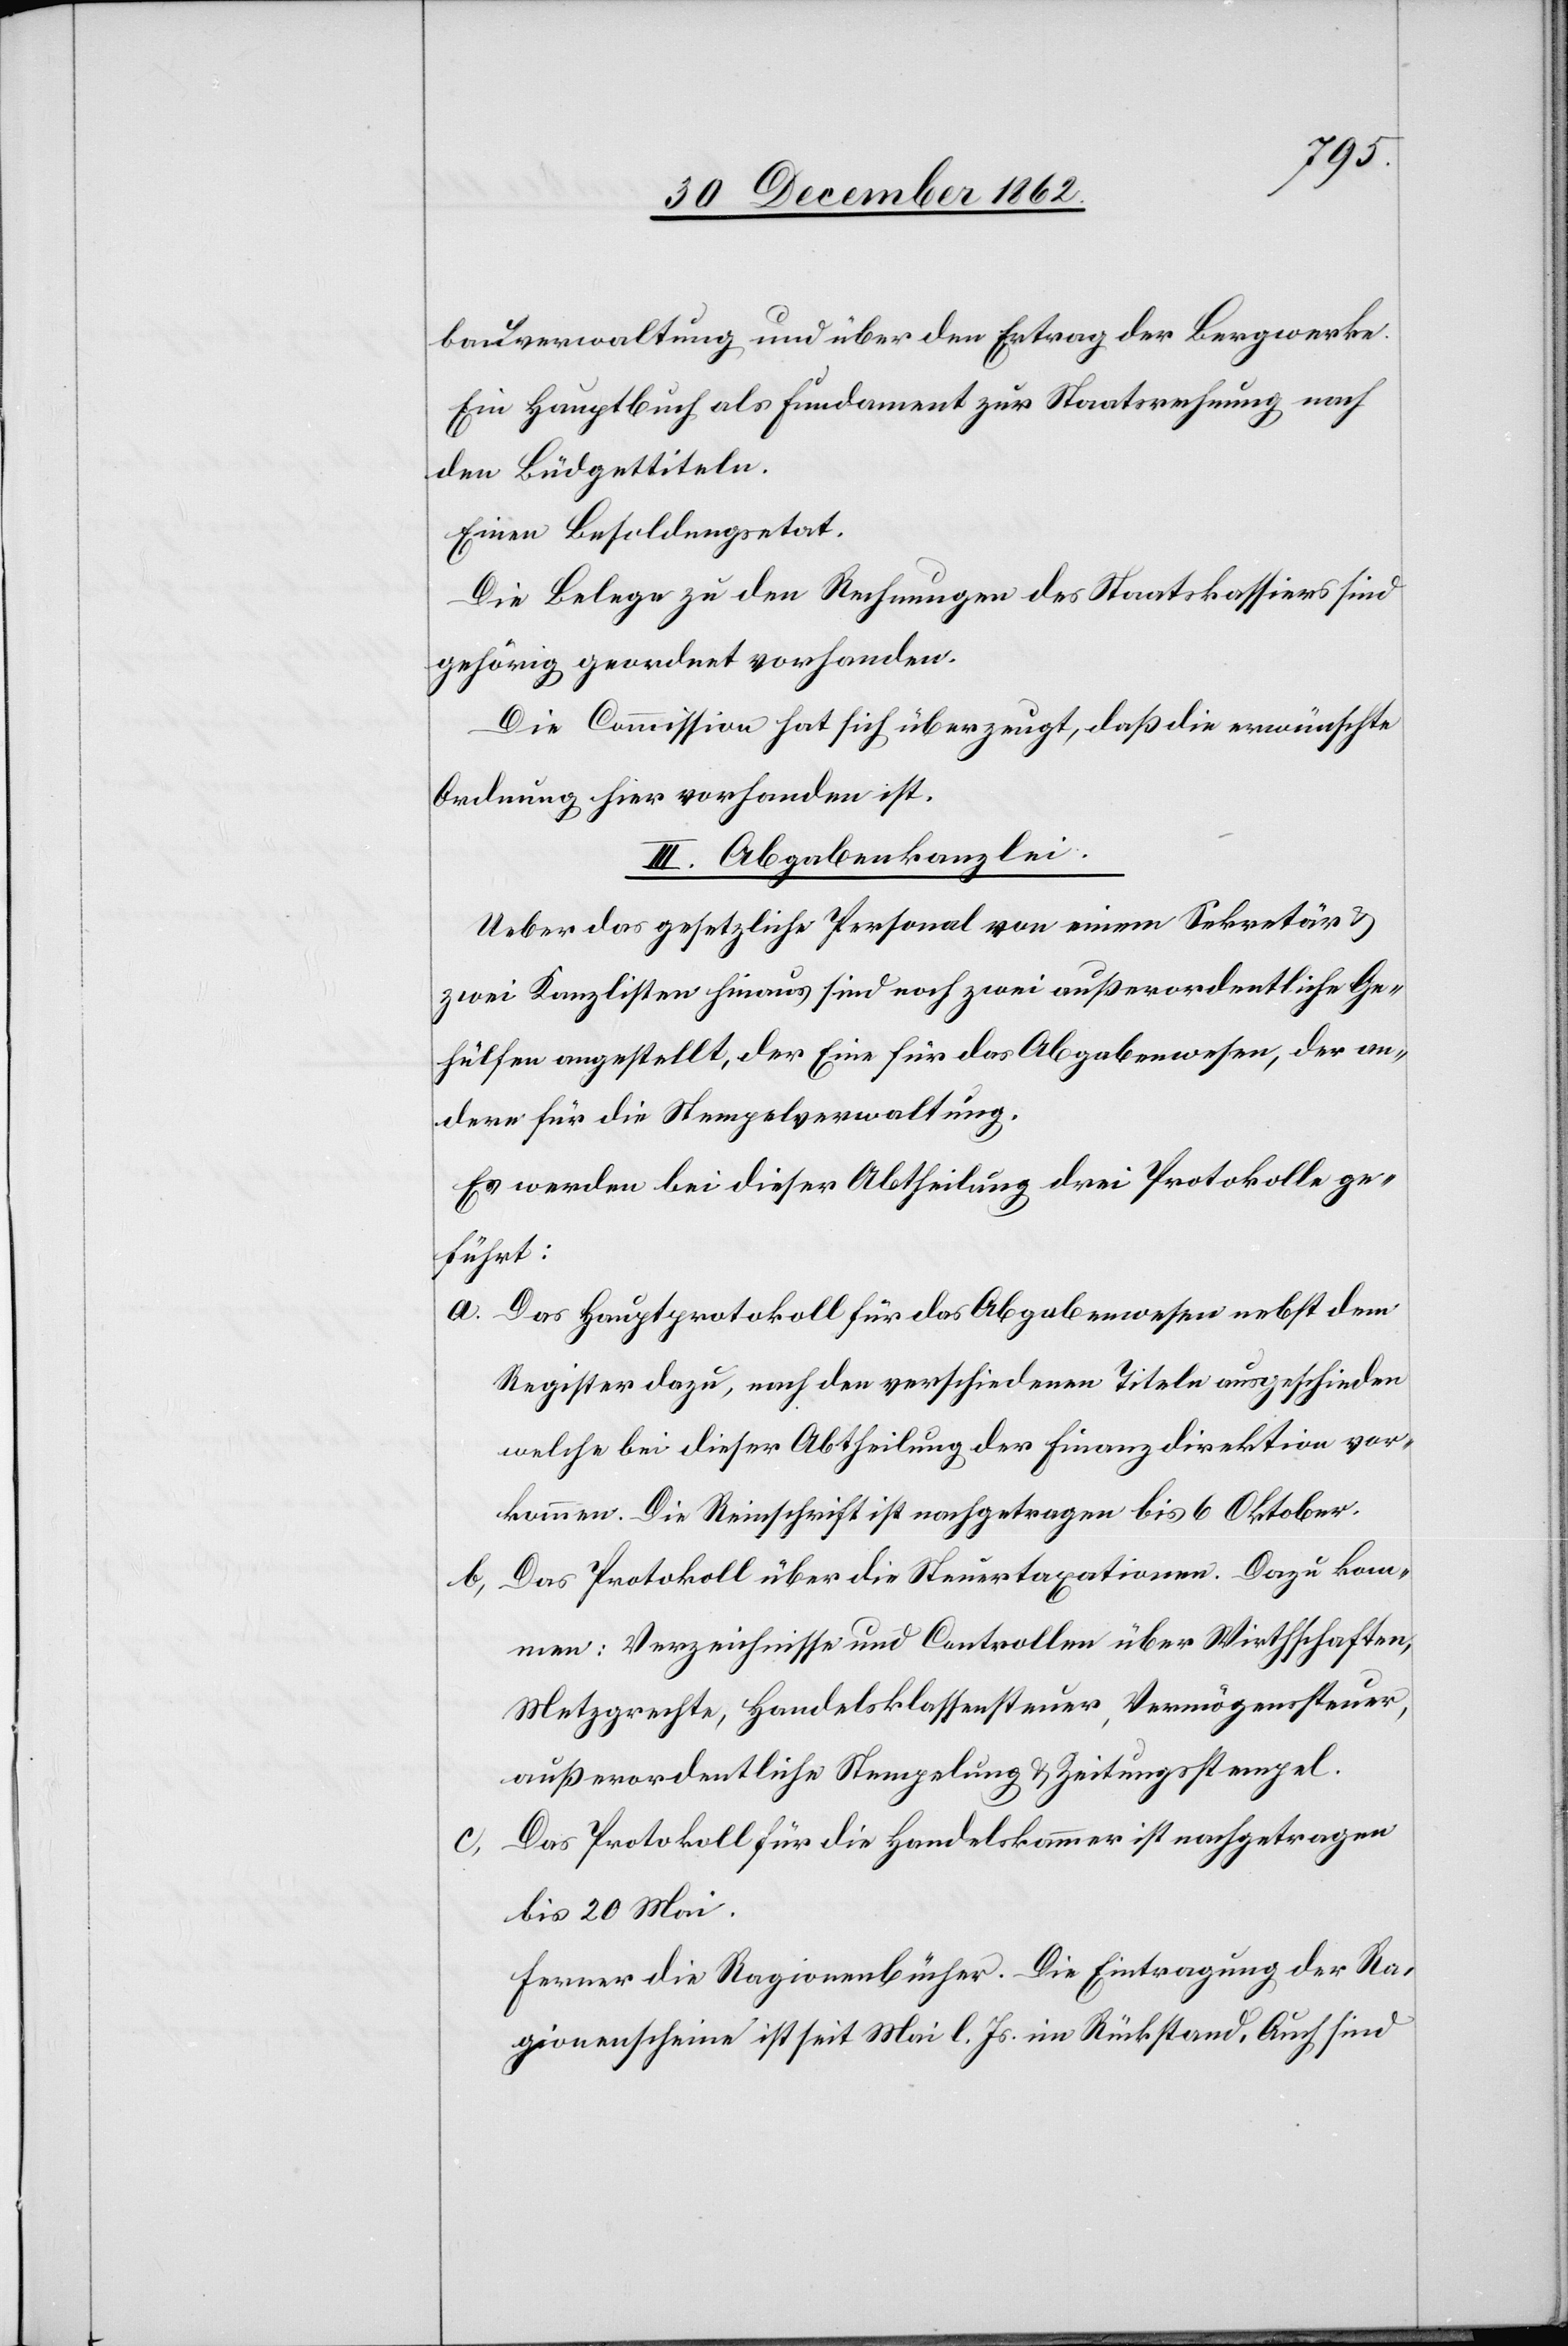
bauverwaltung und über den Ertrag der Bergwerke.
Ein Hauptbuch als Fundament zur Staatsrechnung nach
den Büdgettiteln.
Einen Besoldungsetat.
Die Belege zu den Rechnungen des Staatskassiers sind
gehörig geordnet vorhanden.
Die Commission hat sich überzeugt, daß die erwünschte
Ordnung hier vorhanden ist.
III. Abgabenkanzlei
Ueber das gesetzliche Personal von einem Sekretär u.
zwei Kanzlisten hinaus sind noch zwei außerordentliche Ge¬
hülfen angestellt, der Eine für das Abgabenwesen, der an¬
dere für die Stempelverwaltung.
Es werden bei dieser Abtheilung drei Protokolle ge¬
führt:
a. Das Hauptprotokoll für das Abgabenwesen nebst dem
Register dazu, nach den verschiedenen Titeln ausgeschieden
welche bei dieser Abtheilung der Finanzdirektion vor¬
kommen. Die Reinschrift ist nachgetragen bis 6. Oktober.
b. Das Protokoll über die Steuertaxationen. Dazu kom¬
men: Verzeichnisse und Controllen über Wirthschaften,
Metzgrechte, Handelsklassensteuer, Vermögenssteuer,
außerordentliche Stempelung u. Zeitungsstempel.
Das Protokoll für die Handelskammer ist nachgetragen
c.
bis 20. Mai.
Ferner die Ragionenbücher. Die Eintragung der Ra¬
gionenscheine ist seit Mai l. Js. im Rückstand. Auch sind